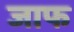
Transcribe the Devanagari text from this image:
जाफ